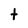
Character: t